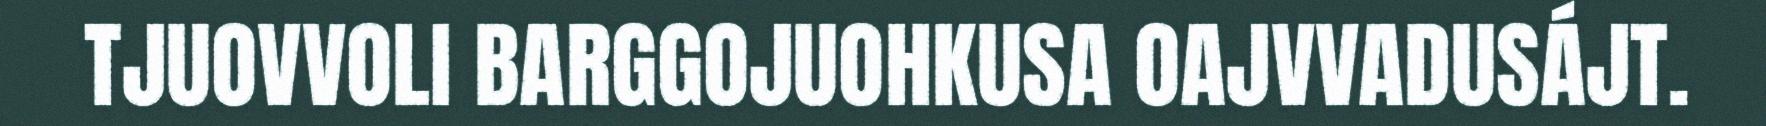
TJUOVVOLI BARGGOJUOHKUSA OAJVVADUSÁJT.